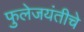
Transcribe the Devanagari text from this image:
फुलेजयंतीचे